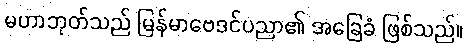
မဟာဘုတ်သည် မြန်မာဗေဒင်ပညာ၏ အခြေခံ ဖြစ်သည်။